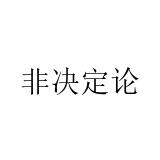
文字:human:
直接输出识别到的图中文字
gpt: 非决定论